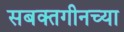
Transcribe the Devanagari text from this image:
सबक्तगीनच्या